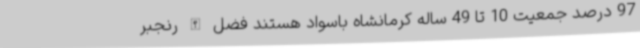
97 درصد جمعیت 10 تا 49 ساله کرمانشاه باسواد هستند فضل الله رنجبر